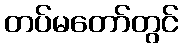
တပ်မတော်တွင်